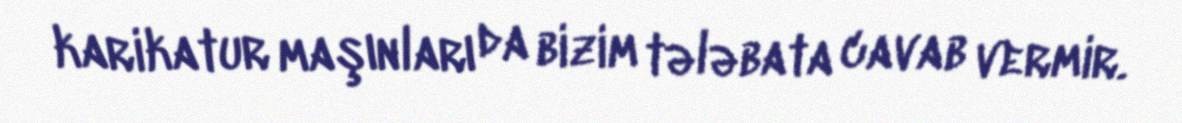
karikatur maşınları da bizim tələbata cavab vermir.